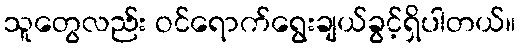
သူတွေလည်း ဝင်ရောက်ရွေးချယ်ခွင့်ရှိပါတယ်။